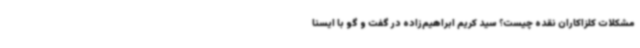
مشکلات کلزاکاران نقده چیست؟ سید کریم ابراهیم‌زاده در گفت و گو با ایسنا